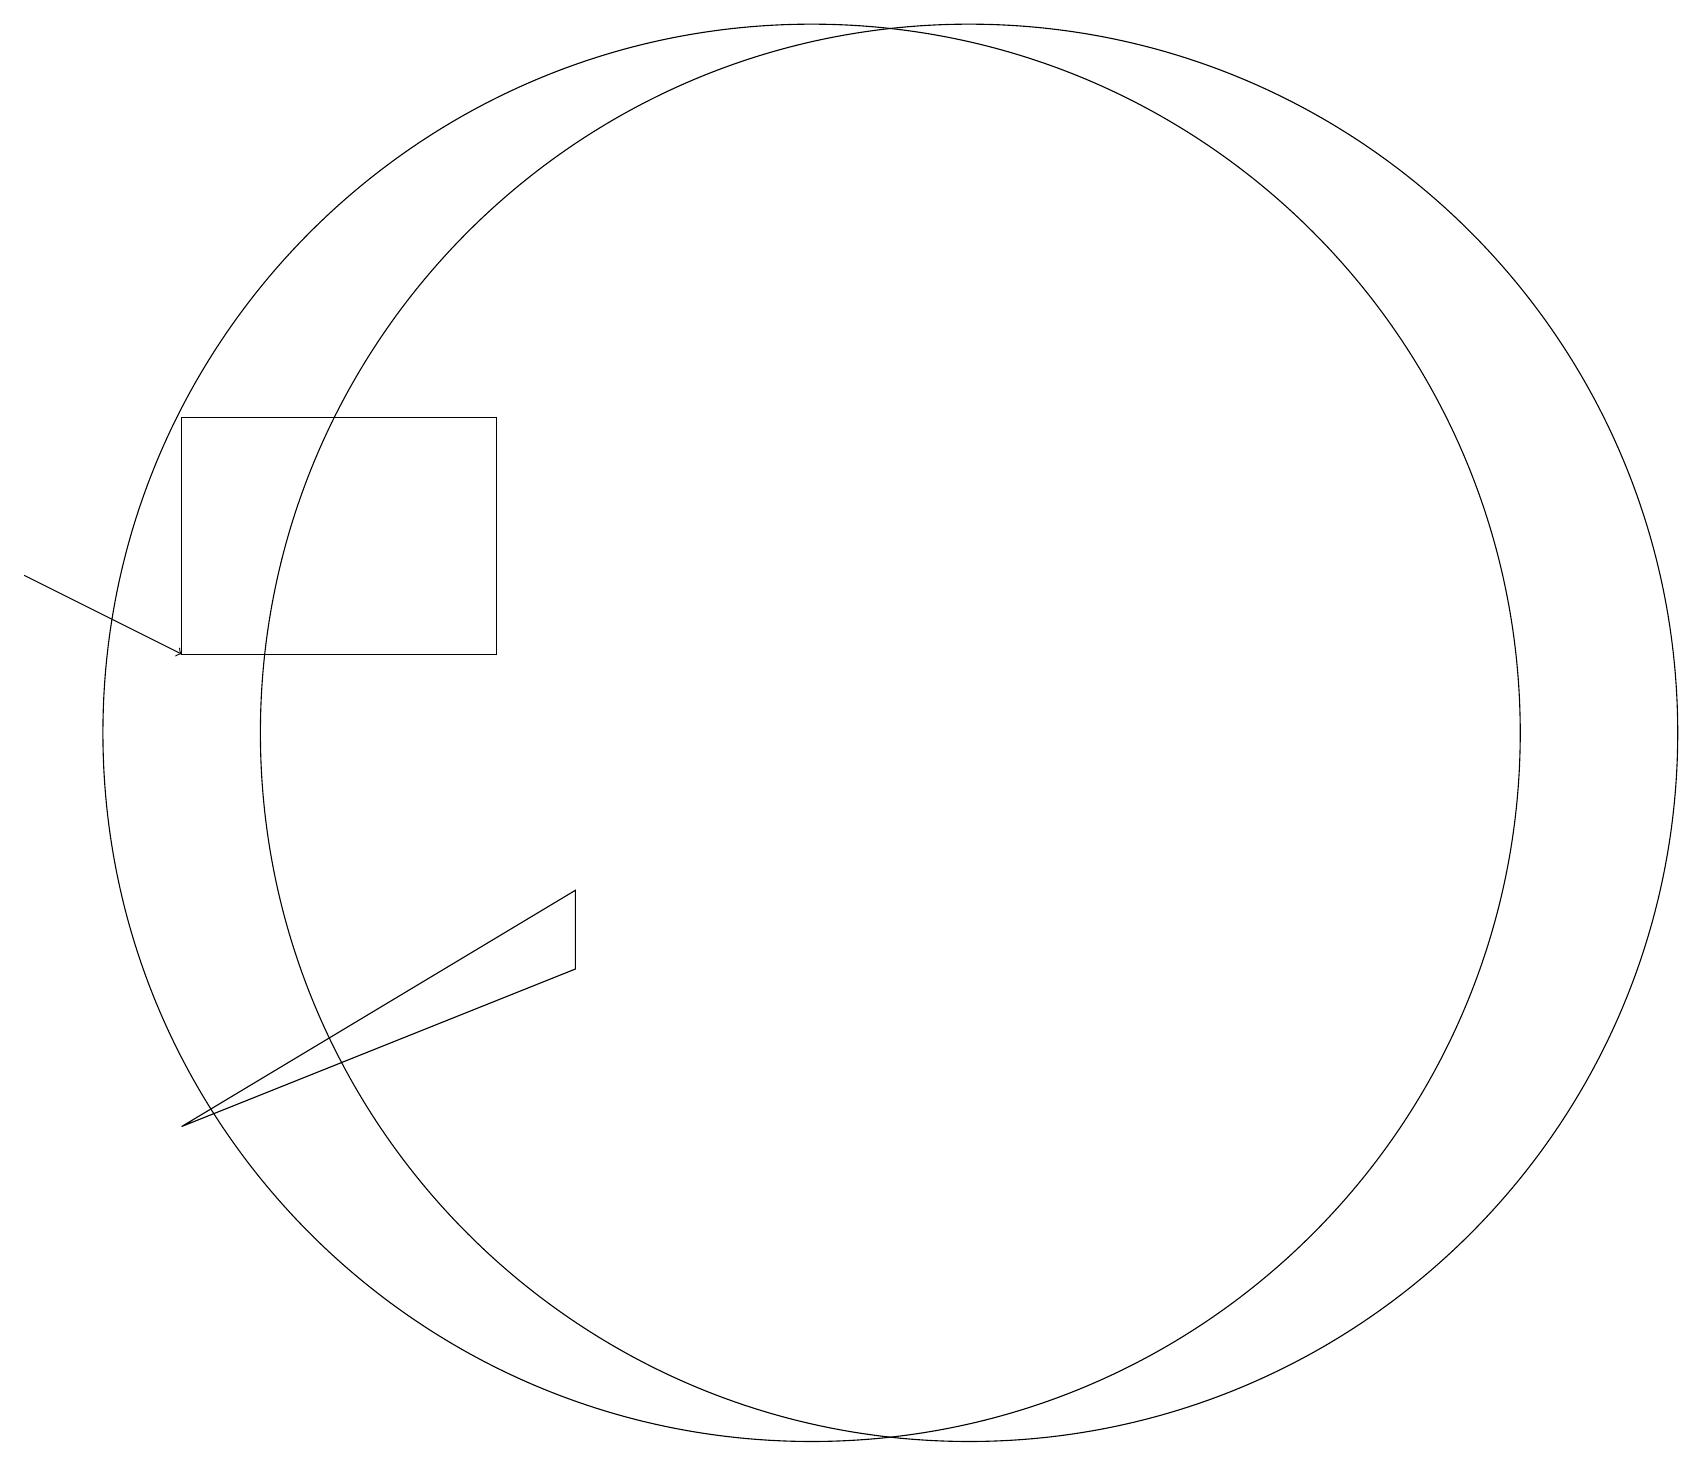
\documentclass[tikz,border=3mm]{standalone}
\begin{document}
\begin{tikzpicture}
\draw (6,15) rectangle (2,12);
\draw (10,11) circle (9);
\draw (12,11) circle (9);
\draw[->] (0,13) -- (2,12);
\draw (2,6) -- (7,9) -- (7,8) -- cycle;
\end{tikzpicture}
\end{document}